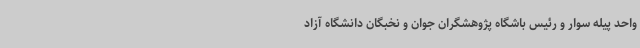
واحد پیله سوار و رئیس باشگاه پژوهشگران جوان و نخبگان دانشگاه آزاد